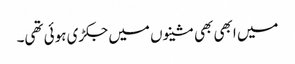
میں ابھی بھی مشینوں میں جکڑی ہوئی تھی۔